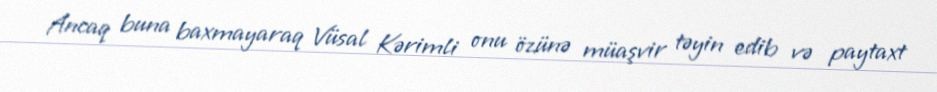
Ancaq buna baxmayaraq Vüsal Kərimli onu özünə müaşvir təyin edib və paytaxt